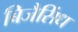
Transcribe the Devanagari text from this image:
बिजैसिंध